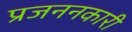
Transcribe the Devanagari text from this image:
प्रजननकारी